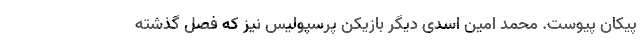
پیکان پیوست. محمد امین اسدی دیگر بازیکن پرسپولیس نیز که فصل گذشته